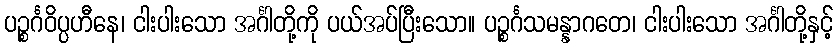
ပဉ္စင်္ဂဝိပ္ပဟီနေ၊ ငါးပါးသော အင်္ဂါတို့ကို ပယ်အပ်ပြီးသော။ ပဉ္စင်္ဂသမန္နာဂတေ၊ ငါးပါးသော အင်္ဂါတို့နှင့်